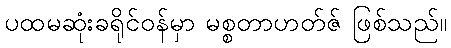
ပထမဆုံးခရိုင်ဝန်မှာ မစ္စတာဟတ်ဇ် ဖြစ်သည်။